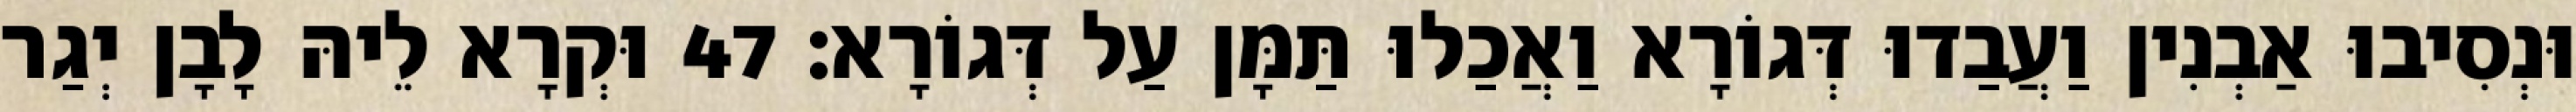
וּנְסִיבוּ אַבְנִין וַעֲבַדוּ דְּגוֹרָא וַאֲכַלוּ תַּמָּן עַל דְּגוֹרָא׃ 47 וּקְרָא לֵיהּ לָבָן יְגַר